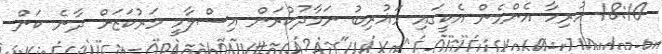
18:10 ހުރިހާ އެންމެން އެކީގައި މަޣުރިބު ނަމާދުކުރަން އިސްލާމީ މަރުކަޒަށް ދާނެ ކަން